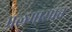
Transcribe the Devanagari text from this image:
मलमासांत